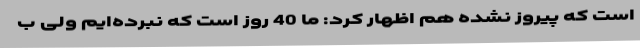
است که پیروز نشده هم اظهار کرد:‌ ما 40 روز است که نبرده‌ایم ولی ب